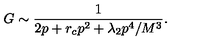
G \sim \frac { 1 } { 2 p + r _ { c } p ^ { 2 } + \lambda _ { 2 } p ^ { 4 } / M ^ { 3 } } .